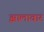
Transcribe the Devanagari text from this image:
झालावार